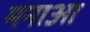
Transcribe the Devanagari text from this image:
मनाआ